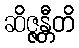
ဆိဇ္ဇန္တီတိ